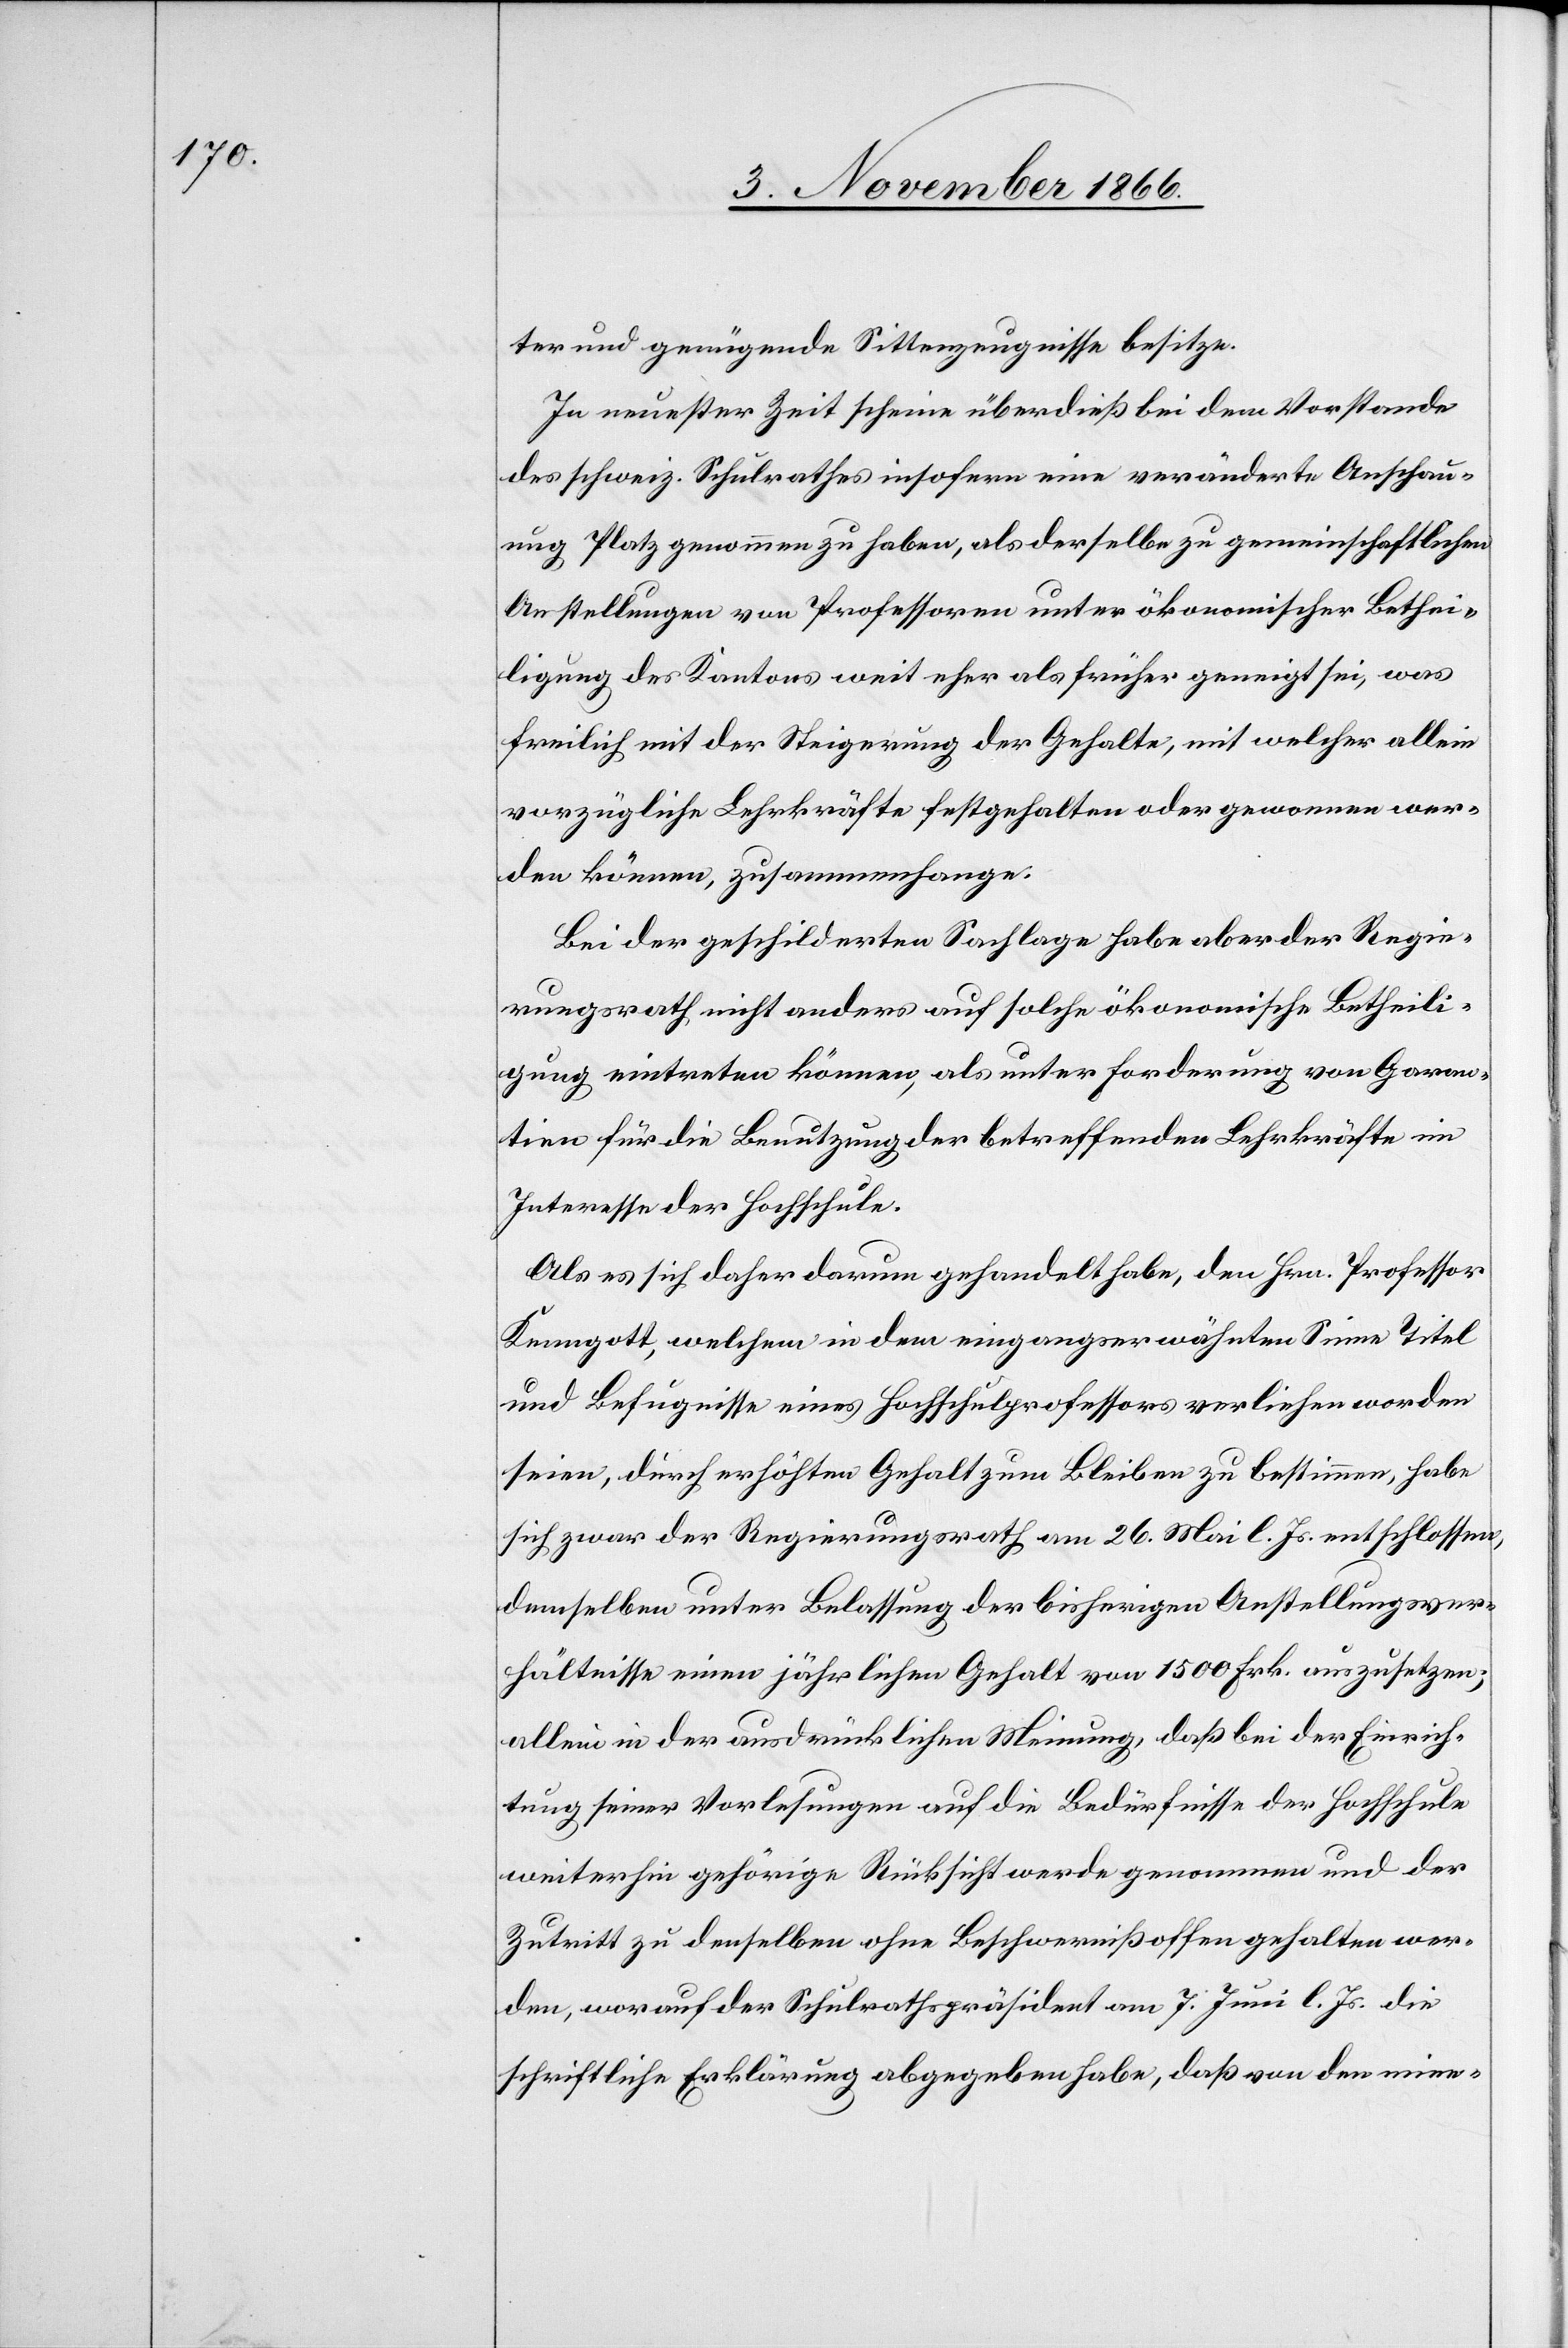
ter und genügende Sittenzeugnisse besitze.
In neuester Zeit scheine überdieß bei dem Vorstande
des schweiz. Schulrathes insofern eine veränderte Anschau¬
ung Platz genommen zu haben, als derselbe zu gemeinschaftlichen
Anstellungen von Professoren unter ökonomischer Bethei¬
ligung des Kantons weit eher als früher geneigt sei, was
freilich mit der Steigerung der Gehalte, mit welcher allein
vorzügliche Lehrkräfte festgehalten oder gewonnen wer¬
den können, zusammenhange.
Bei der geschilderten Sachlage habe aber der Regie¬
rungsrath nicht anders auf solche ökonomische Betheili¬
gung eintreten können, als unter Forderung von Garan¬
tien für die Benutzung der betreffenden Lehrkräfte im
Interesse der Hochschule.
Als es sich daher darum gehandelt habe, den Hrn. Professor
Kenngott, welchem in dem eingangserwähnten Sinne Titel
und Befugnisse eines Hochschulprofessors verliehen worden
seien, durch erhöhten Gehalt zum Bleiben zu bestimmen, habe
sich zwar der Regierungsrath am 26. Mai l. Js. entschlossen,
demselben unter Belassung der bisherigen Anstellungsver¬
hältnisse einen jährlichen Gehalt von 1500 Frk. auszusetzen;
allein in der ausdrücklichen Meinung, daß bei der Einrich¬
tung seiner Vorlesungen auf die Bedürfnisse der Hochschule
weiterhin gehörige Rücksicht werde genommen und der
Zutritt zu denselben ohne Beschwerniß offen gehalten wer¬
den, worauf der Schulrathspräsident am 7. Juni l. Js. die
schriftliche Erklärung abgegeben habe, daß von den mine-